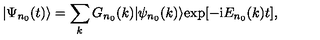
| \Psi _ { n _ { 0 } } ( t ) \rangle = \sum _ { k } G _ { n _ { 0 } } ( k ) | \psi _ { n _ { 0 } } ( k ) \rangle \mathrm { e x p } [ - \mathrm { i } E _ { n _ { 0 } } ( k ) t ] ,